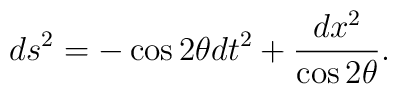
ds^2 = - \cos 2 \theta dt^2 + \frac{dx^2}{\cos 2 \theta} .